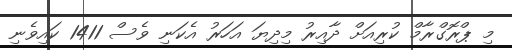
މި ޕްރޮގްރާމް ކުރިއަށް ދާއިރު މިދިޔަ އަހަރު އެކަނި ވެސް 1411 ކައިވެނި